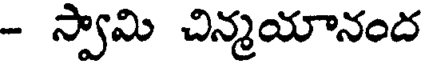
- స్వామి చిన్మయానంద